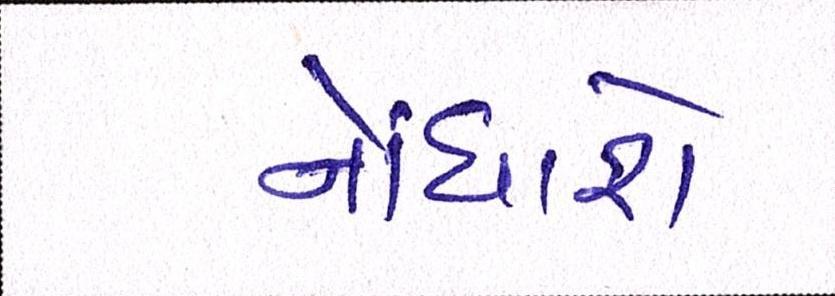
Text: નોંધાશે